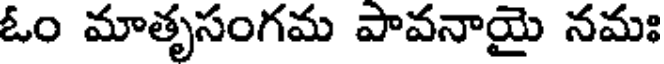
ఓం మాతృసంగమ పావనాయై నమః